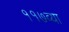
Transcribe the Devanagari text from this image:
११७व्या